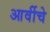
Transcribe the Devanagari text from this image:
आर्वीचे